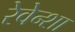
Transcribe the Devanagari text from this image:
रेवेन्शा